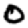
Digit: 0